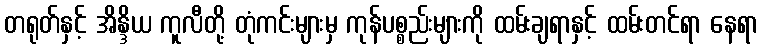
တရုတ်နှင့် အိန္ဒိယ ကူလီတို့ တုံကင်းများမှ ကုန်ပစ္စည်းများကို ထမ်းချရာနှင့် ထမ်းတင်ရာ နေရာ